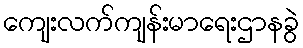
ကျေးလက်ကျန်းမာရေးဌာနခွဲ